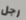
رجل